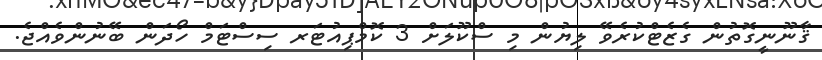
ޤާނޫނީގޮތުން ގެޒެޓްކުރެވޭ ލިޔުން މި ސްކޫލަށް 3 ކޮމްޕިއުޓަރ ސިސްޓަމް ހޯދަން ބޭނުންވެއްޖެ.